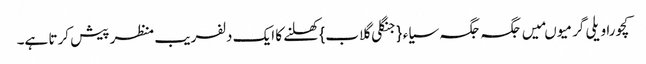
کچورا ویلی گرمیو ںمیں جگہ جگہ سیاء{جنگلی گلاب} کھلنے کا ایک دلفریب منظر پیش کرتا ہے۔